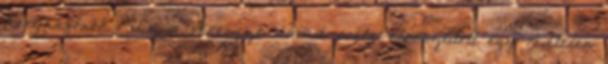
konyhafőnök „Ez a vérengző dúvad poéta elpusztított egy védtelen